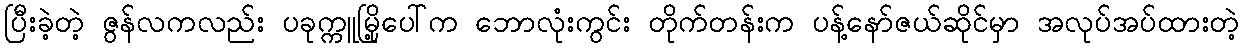
ပြီးခဲ့တဲ့ ဇွန်လကလည်း ပခုက္ကူမြို့ပေါ်က ဘောလုံးကွင်း တိုက်တန်းက ပန့်နော်ဇယ်ဆိုင်မှာ အလုပ်အပ်ထားတဲ့